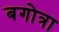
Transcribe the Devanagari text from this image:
बगोत्रा